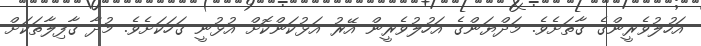
އަހުލުވެރީންގެ ގާތަށެވެ. މަދްޔަންގެ އަހުލުވެރީން އޭރު އަޅުކަންކޮށް އުޅުނީ ގަހަކަށެވެ. މުދާ ޤާފިލާތަކަށް